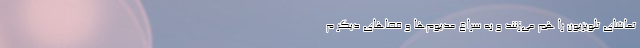
تماشای تلویزیون را هم می‌زنند و به سراغِ مدیوم‌ها و فضاهای دیگر م